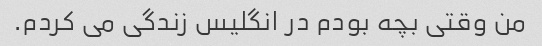
من وقتی بچه بودم در انگلیس زندگی می کردم.